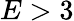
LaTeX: E>3